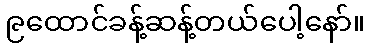
၉ထောင်ခန့်ဆန့်တယ်ပေါ့နော်။